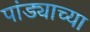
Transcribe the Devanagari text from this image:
पांड्याच्या